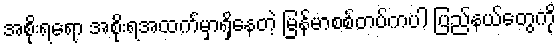
အစိုးရရော အစိုးရအထက်မှာရှိနေတဲ့ မြန်မာစစ်တပ်ကပါ ပြည်နယ်တွေကို